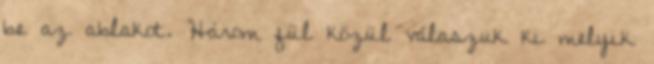
be az ablakot. Három fül közül válaszuk ki melyik